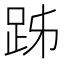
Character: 𧿲